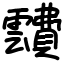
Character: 靅